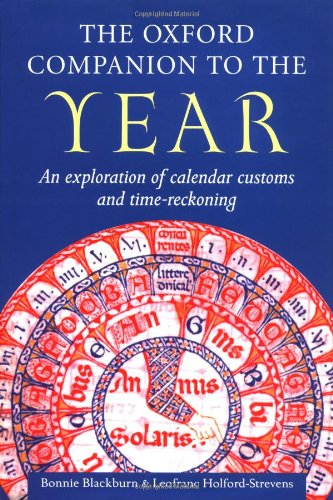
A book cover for The Oxford Companion to the Year: An Exploration of Calendar Customs and Time-Reckoning; Bonnie Blackburn; Science & Math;